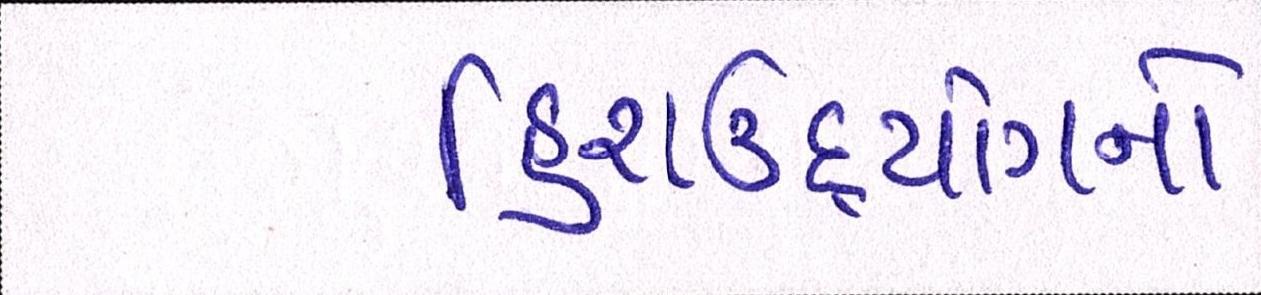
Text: હિરાઉદ્યોગનો